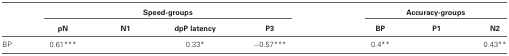
<table><thead><tr><td>[EMPTY_CELL]</td><td colspan="4"><b>Speed-groups</b></td><td>[EMPTY_CELL]</td><td colspan="3"><b>Accuracy-groups</b></td></tr><tr><td>[EMPTY_CELL]</td><td><b>pN</b></td><td><b>N1</b></td><td><b>dpP latency</b></td><td><b>P3</b></td><td>[EMPTY_CELL]</td><td><b>BP</b></td><td><b>P1</b></td><td><b>N2</b></td></tr></thead><tbody><tr><td>BP</td><td>0.61***</td><td>[EMPTY_CELL]</td><td>0.33*</td><td>−0.57***</td><td>[EMPTY_CELL]</td><td>0.4**</td><td>[EMPTY_CELL]</td><td>0.43**</td></tr></tbody></table>